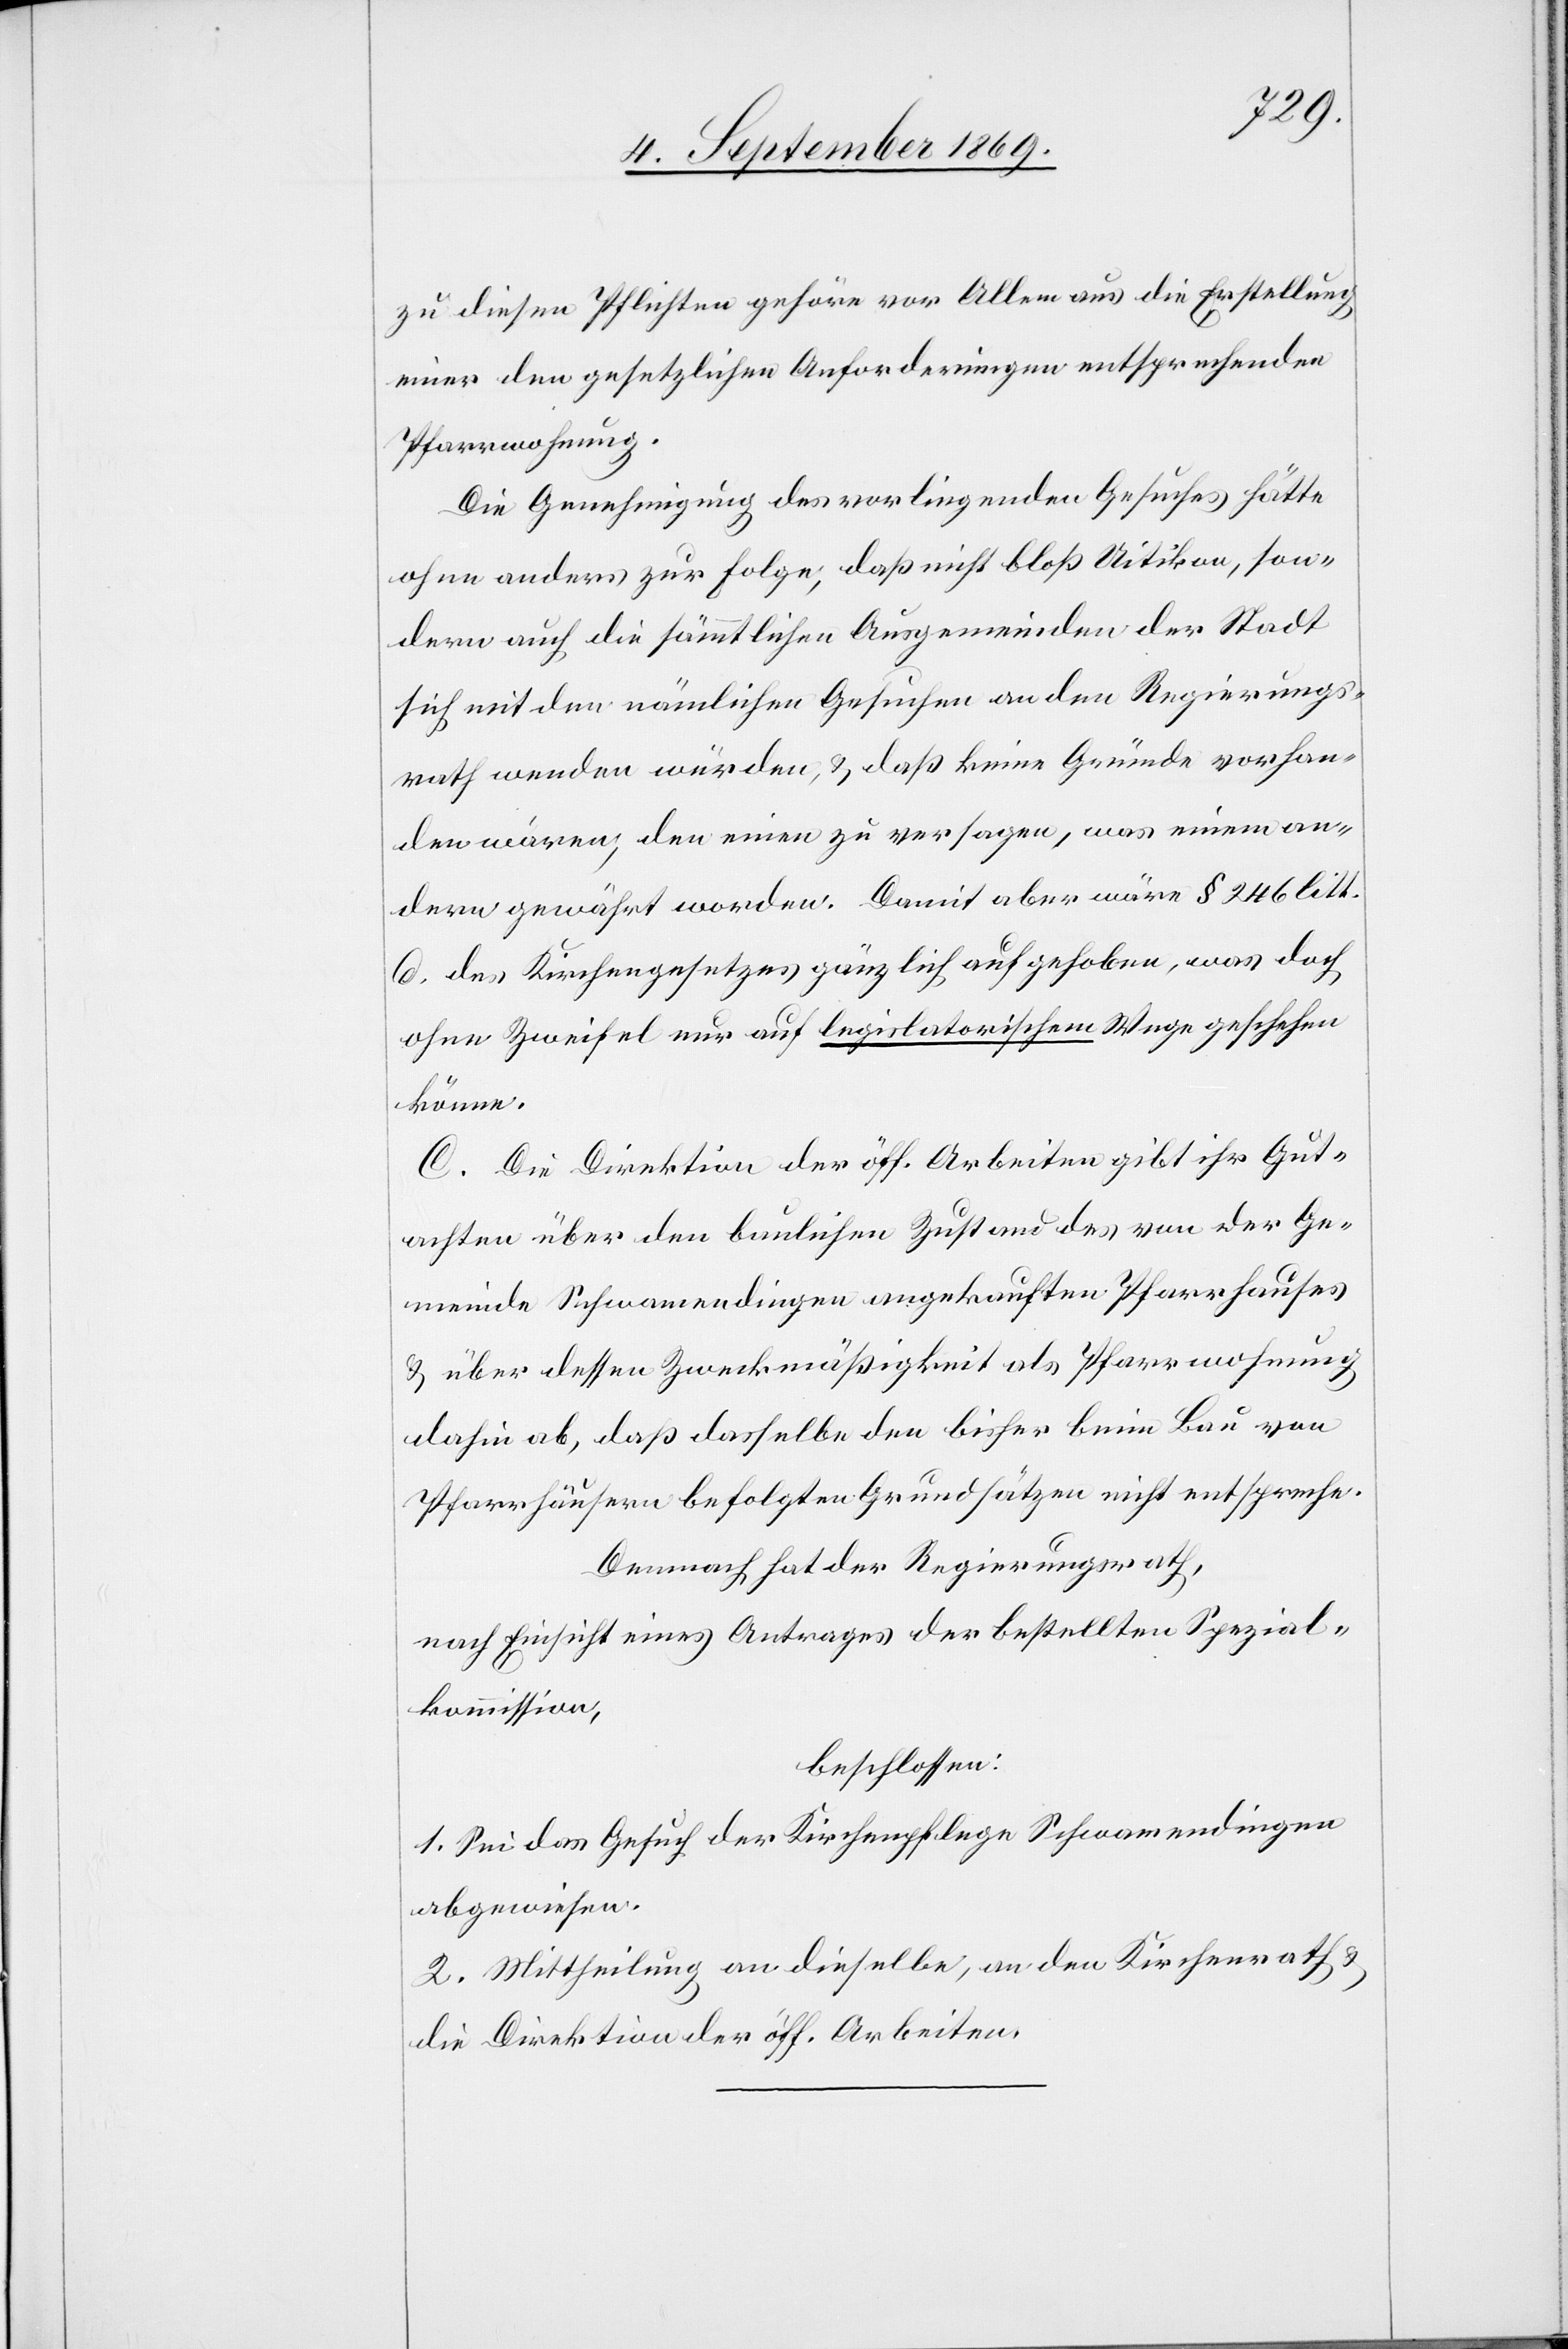
zu diesen Pflichten gehöre vor Allem aus die Erstellung
einer den gesetzlichen Anforderungen entsprechenden
Pfarrwohnung.
Die Genehmigung des vorliegenden Gesuches hätte
ohne anders zur Folge, daß nicht bloß Uitikon, son¬
dern auch die sämmtlichen Ausgemeinden der Stadt
sich mit den nämlichen Gesuchen an den Regierungs¬
rath wenden würden, & daß keine Gründe vorhan¬
den wären, den einen zu versagen, was einem an¬
dern gewährt worden. Damit aber wäre § 246 litt.
d. des Kirchengesetzes gänzlich aufgehoben, was doch
ohne Zweifel nur auf legislatorischem Wege geschehen
könne.
C. Die Direktion der öff. Arbeiten gibt ihr Gut¬
achten über den baulichen Zustand des von der Ge¬
meinde Schwamendingen angekauften Pfarrhauses
& über dessen Zweckmäßigkeit als Pfarrwohnung
dahin ab, daß dasselbe den bisher beim Bau von
Pfarrhäusern befolgten Grundsätzen nicht entspreche.
Demnach hat der Regierungsrath,
nach Einsicht eines Antrages der bestellten Spezial¬
kommission,
beschlossen:
1. Sei das Gesuch der Kirchenpflege Schwamendingen
abgewiesen.
2. Mittheilung an dieselbe, an den Kirchenrath &
die Direktion der öff. Arbeiten.